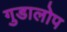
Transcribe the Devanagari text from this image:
गुडालोप